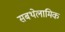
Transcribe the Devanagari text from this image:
सबथेलामिक